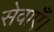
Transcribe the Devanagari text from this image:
सेवाएँ।